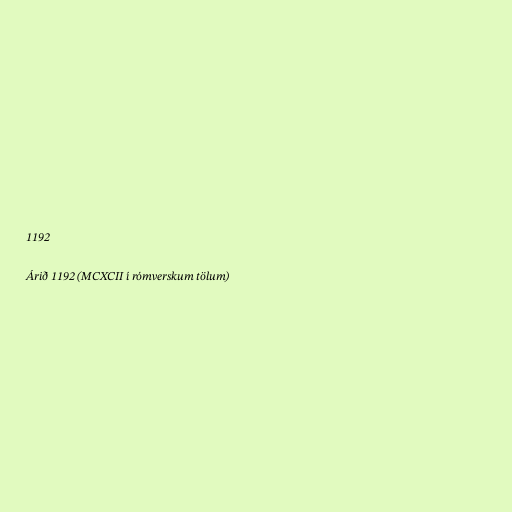
1192

Árið 1192 (MCXCII í rómverskum tölum)